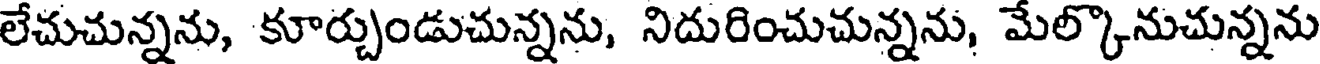
లేచుచున్నను, కూర్చుండుచున్నను, నిదురించుచున్నను, మేల్కొనుచున్నను